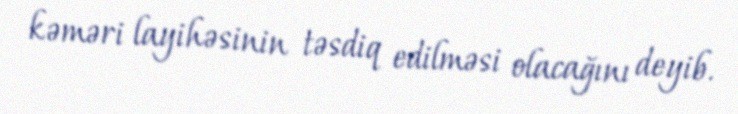
kəməri layihəsinin təsdiq edilməsi olacağını deyib.